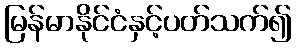
မြန်မာနိုင်ငံနှင့်ပတ်သက်၍